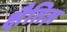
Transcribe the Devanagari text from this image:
क्षैतिज़